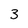
Character: 3